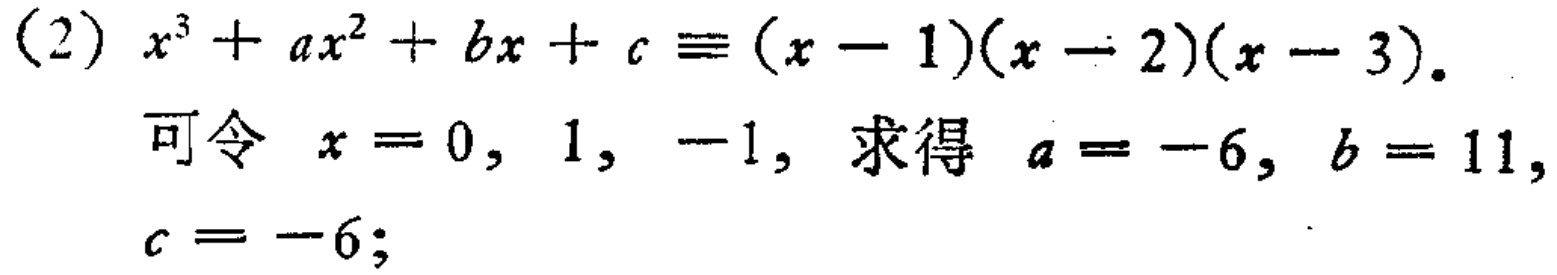
(2) \(x^{3}+ax^{2}+bx + c\equiv(x - 1)(x - 2)(x - 3)\).

可令 \(x = 0,1,-1\), 求得 \(a=-6\), \(b = 11\), \(c=-6\);